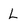
Character: L